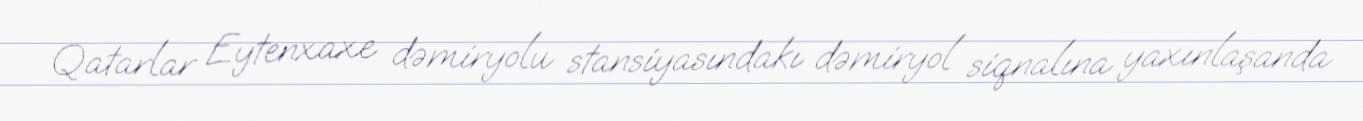
Qatarlar Eytenxaxe dəmiryolu stansiyasındakı dəmiryol siqnalına yaxınlaşanda